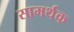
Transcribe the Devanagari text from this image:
सामर्थक